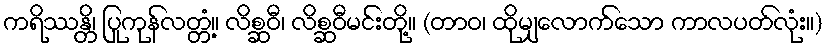
ကရိဿန္တိ၊ ပြုကုန်လတ္တံ့။ လိစ္ဆဝီ၊ လိစ္ဆဝီမင်းတို့။ (တာဝ၊ ထိုမျှလောက်သော ကာလပတ်လုံး။)